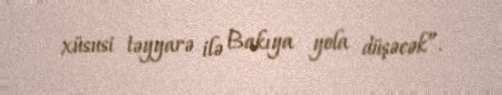
xüsusi təyyarə ilə Bakıya yola düşəcək”.